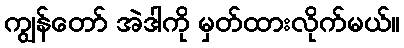
ကျွန်တော် အဲဒါကို မှတ်ထားလိုက်မယ်။